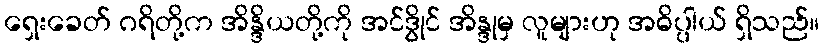
ရှေးခေတ် ဂရိတို့က အိန္ဒိယတို့ကို အင်ဒွိုင် အိန္ဒုမှ လူများဟု အဓိပ္ပါယ် ရှိသည်။